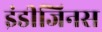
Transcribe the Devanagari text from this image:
इंडीजिनस